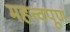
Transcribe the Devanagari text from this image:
महत्त्वपूण